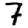
Digit: 7